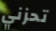
تحزني